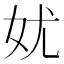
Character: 㚭